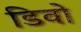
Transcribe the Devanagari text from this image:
डिवो